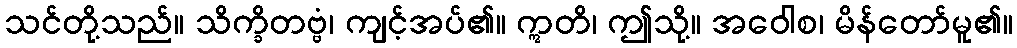
သင်တို့သည်။ သိက္ခိတဗ္ဗံ၊ ကျင့်အပ်၏။ ဣတိ၊ ဤသို့။ အဝေါစ၊ မိန်တော်မူ၏။